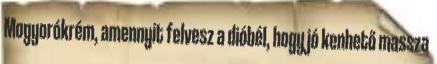
Mogyorókrém, amennyit felvesz a dióbél, hogy jó kenhető massza